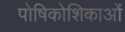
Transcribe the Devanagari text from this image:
पोषिकोशिकाओं